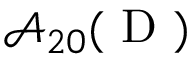
\mathcal { A } _ { 2 0 } ( \mathrm { ~ D ~ } )